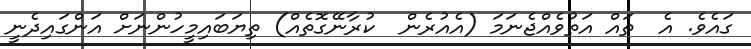
ގައެވެ. އެ  ތައް އަތުވެއްޖެނަމަ (އެއުރެން  ކުރާނޭގޮތެއް) ތިޔަބައިމީހުންނަށް އަންގައިދެނީ